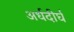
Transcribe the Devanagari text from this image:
अर्धदीर्घ